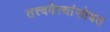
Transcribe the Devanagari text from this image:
तत्त्ववेत्त्यांसोबत